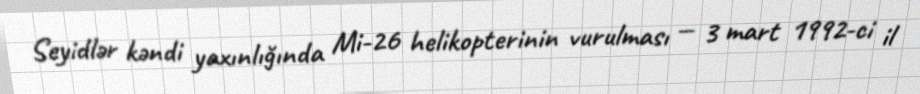
Seyidlər kəndi yaxınlığında Mi-26 helikopterinin vurulması — 3 mart 1992-ci il